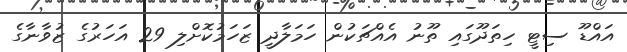
އައްޑޫ ސިޓީ ހިތަދޫގައި ތޫނު އެއްޗަކުން ހަމަލާދީ ޒަހަމުކޮށްލި 29 އަހަރުގެ ޒުވާނާގެ